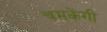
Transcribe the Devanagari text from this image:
चमकेंगी